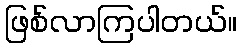
ဖြစ်လာကြပါတယ်။